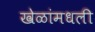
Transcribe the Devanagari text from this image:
खेळांमधली